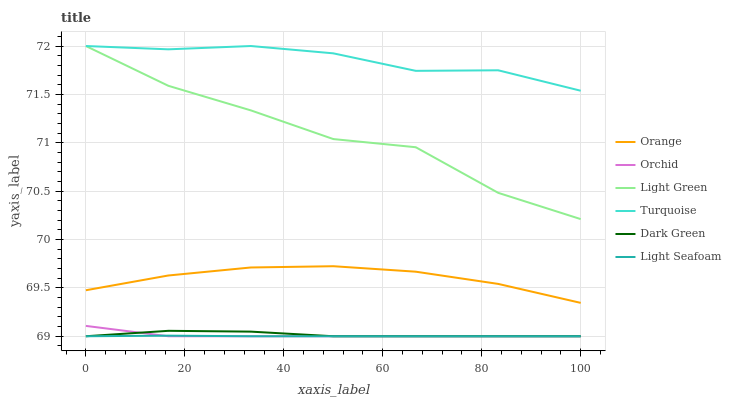
| xaxis_label | Orange | Orchid | Light Green | Turquoise | Dark Green | Light Seafoam |
 | --- | --- | --- | --- | --- | --- | --- |
 | 0 | 69.5 | 69.1 | 72 | 72 | 69 | 69 |
 | 16.7 | 69.6 | 69 | 71.6 | 72 | 69.1 | 69 |
 | 33.3 | 69.7 | 69 | 71.3 | 72 | 69 | 69 |
 | 50 | 69.7 | 69 | 71 | 71.9 | 69 | 69 |
 | 66.7 | 69.7 | 69 | 71 | 71.7 | 69 | 69 |
 | 83.3 | 69.5 | 69 | 70.5 | 71.7 | 69 | 69 |
 | 100 | 69.3 | 69 | 70.2 | 71.5 | 69 | 69 |